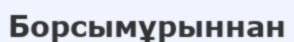
Борсымұрыннан